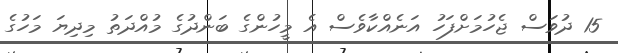
15 ދުވަސް ޖެހުމަށްފަހު އަނެއްކާވެސް އެ މީހުންގެ ބަންދުގެ މުއްދަތު މިދިޔަ މަހުގެ